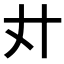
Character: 𢌭